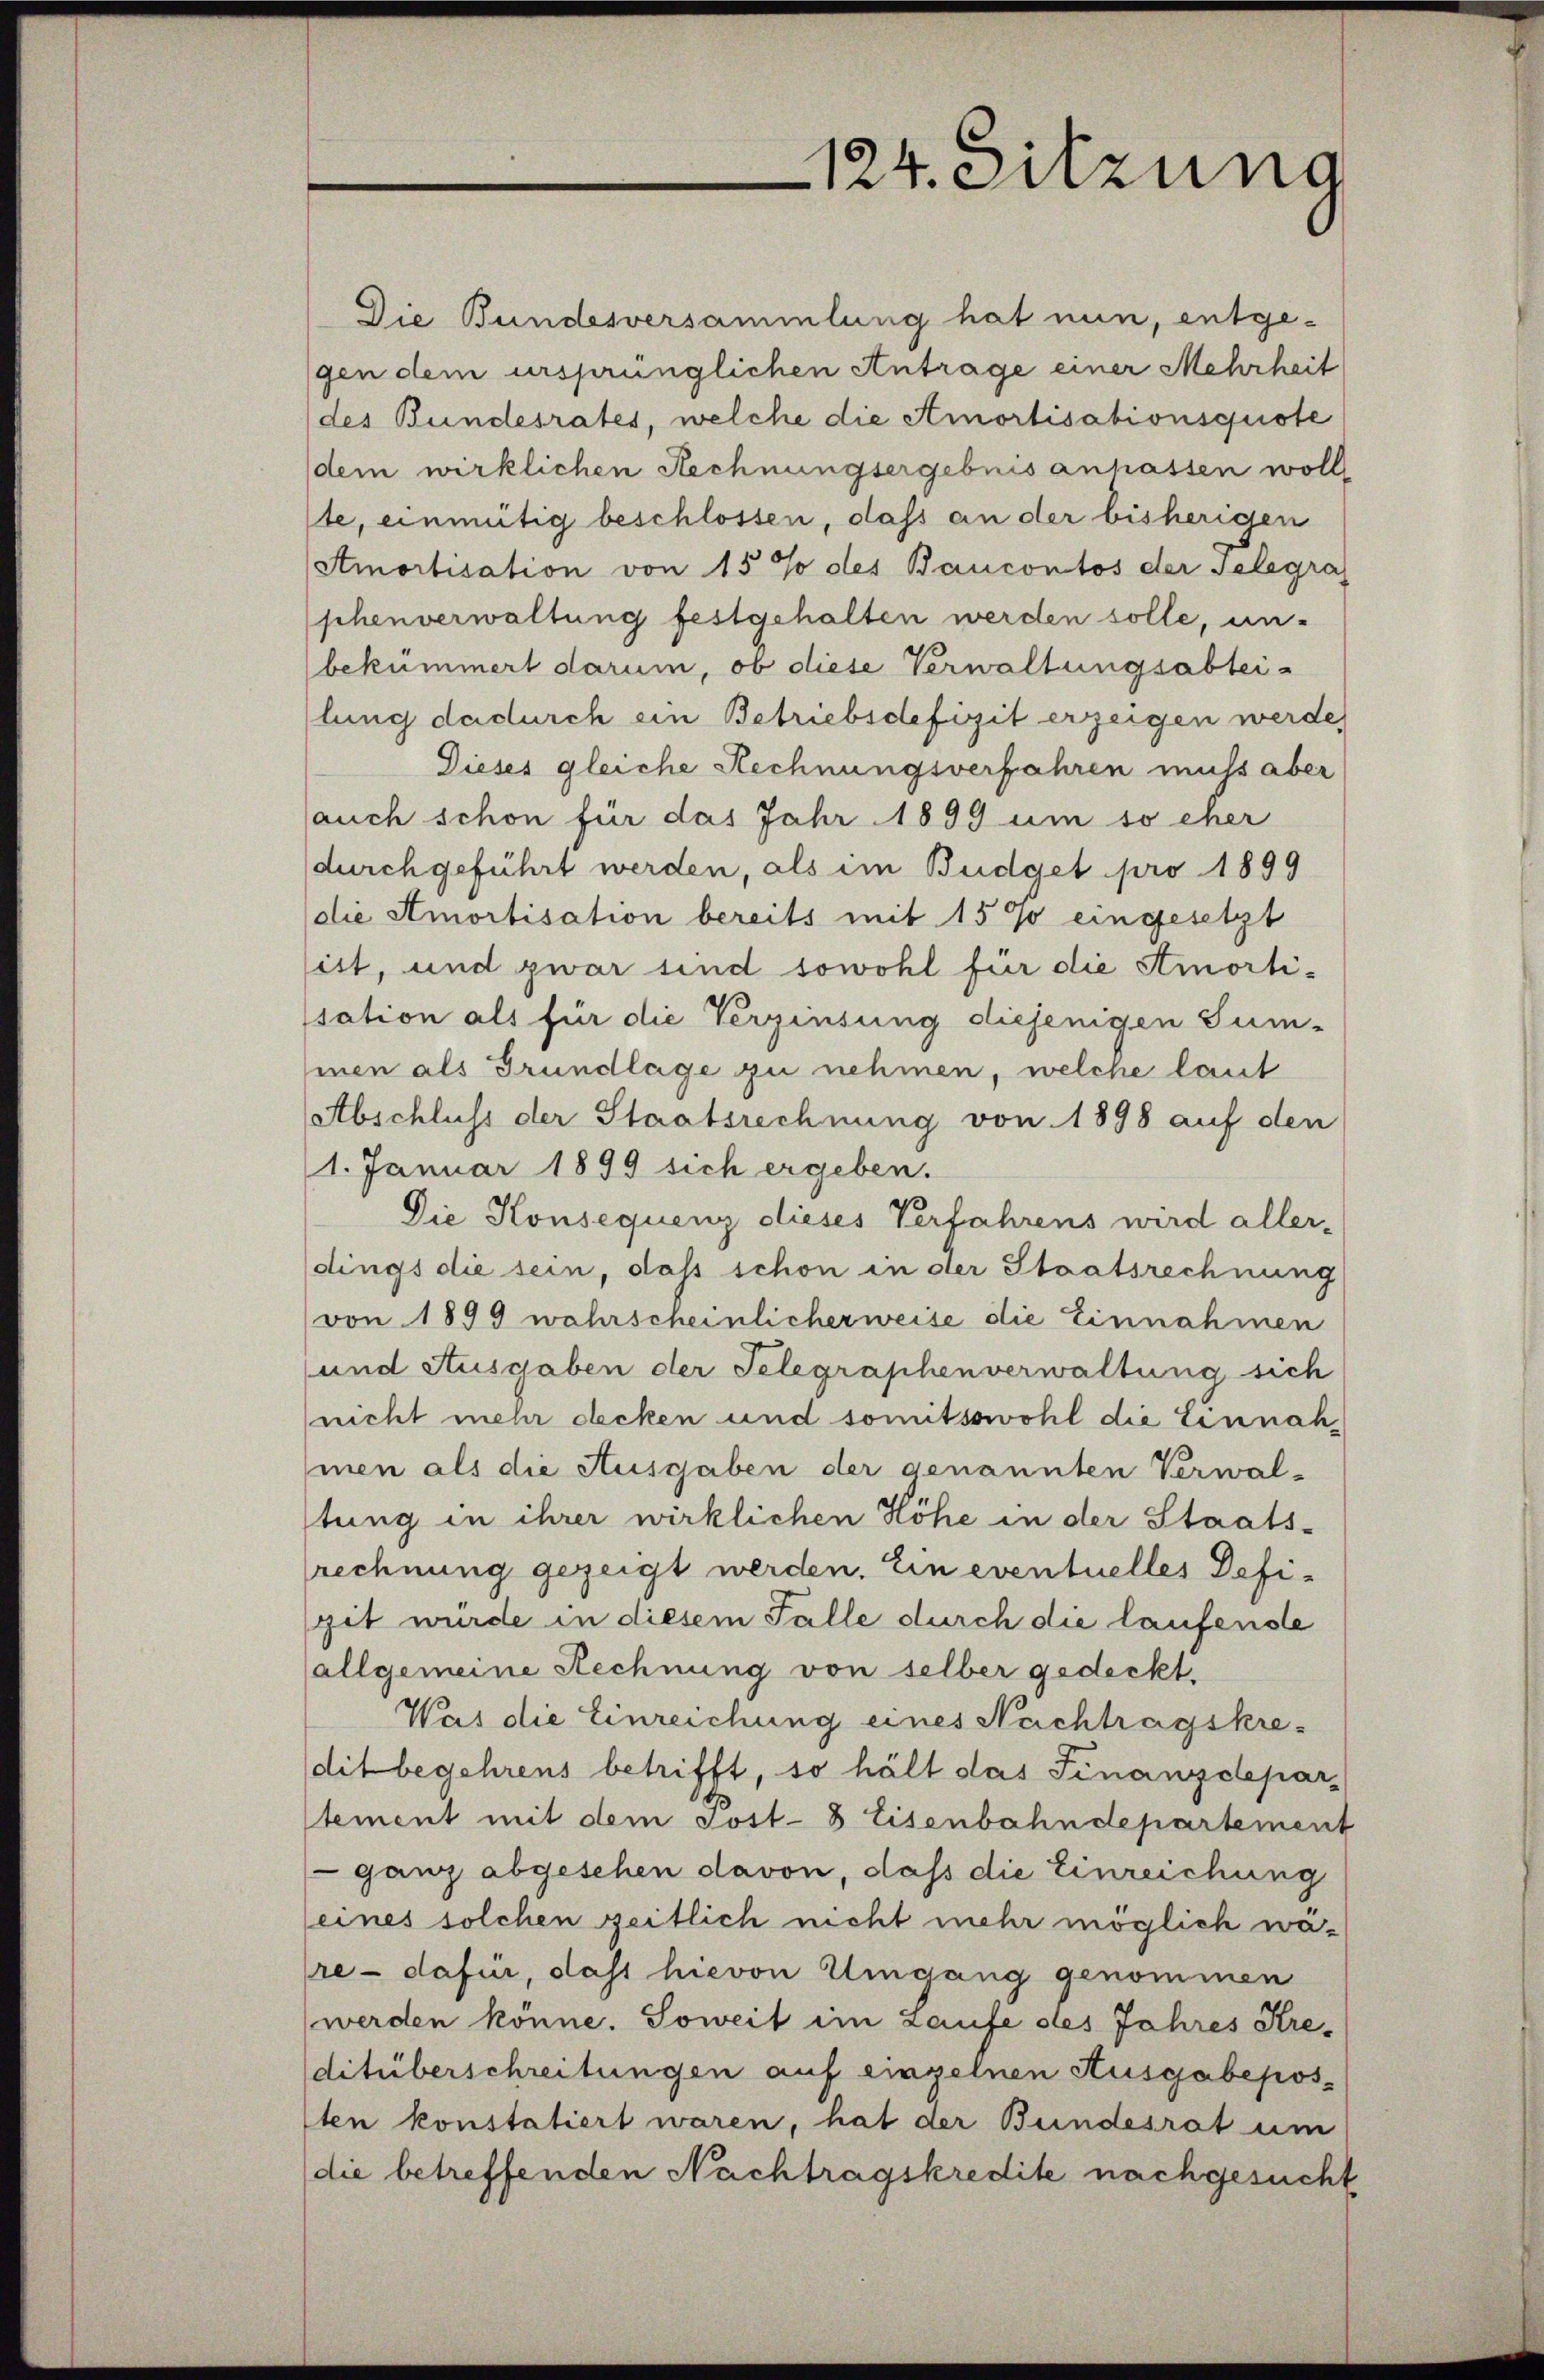
124. Sitzung

Die Bundesversammlung hat nun, entgegen dem ursprünglichen Antrage einer Mehrheit
des Bundesrates, welche die Amortisationsquote
dem wirklichen Rechnungsergebnis anhassen woll
te, einmütig beschlossen, dass an der bisherigen
(Amortisation von 15% des Baucontos der Telegra
phenverwaltung festgehalten werden solle, un-
bekümmert darum, ob diese Verwaltungsabteilung dadurch ein Betriebsdefizit erzeigen werde.
Dieses gleiche Rechnungsverfahren muss aber
auch schon für das Jahr 1899 um so eher
durch geführt werden, als im Budget pro 1899
die Amortisation bereits mit 1590 eingesetzt
ist, und zwar sind sowohl für die Amorti-
sation als für die Verzinsung diejenigen Sum-
inen als Grundlage zu nehmen, welche laut
Abschluss der Staatsrechnung von 1898 auf den
1. Januar 1899 sich ergeben.
Die Konsequenz dieses Verfahrens wird aller-
dings die sein, daß schon in der Staatsrechnung
von 1899 wahrscheinlicherweise die Einnahmen
und Ausgaben der Telegraphenverwaltung sich
nicht mehr decken und somitsowohl die Einnahmen als die Ausgaben der genannten Verwal-
stung in ihrer wirklichen Höhe in der Staats-
rechnung gezeigt werden. Ein eventuelles Defigit wurde in diesem Falle durch die laufende
(allgemeine Rechnung von selber gedeckt.
Was die Einreichung eines Nachtragskre-
dit begehrens betrifft, so hält das Finanzdepar-
stement mit dem Post- 8 Eisenbahndepartement
ganz abgesehen davon, daß die Einreichung
eines solchen zeitlich nicht mehr möglich ware - dafür, dass hievon Umgang genommen
werden könne. Soweit im Laufe des Jahres Kre-
ditüberschreitungen auf einzelnen Ausgabeposten konstatiert waren, hat der Bundesrat um
die betreffenden Nachtragskredite nachgesucht